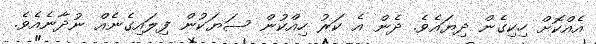
އެއްކޮށް ހިކިގެން ދިޔައެވެ. ދެން އެ ކަރު ހިއްކުން ސަޔަކުން ފިލައިގެނެއް ނުދާނެއެވެ.